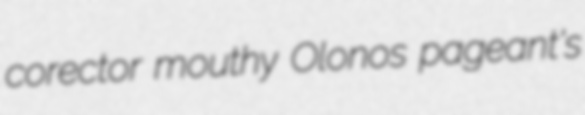
corector mouthy Olonos pageant's